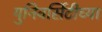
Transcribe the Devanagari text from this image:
युनिवर्सिटीच्या